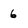
Character: 6